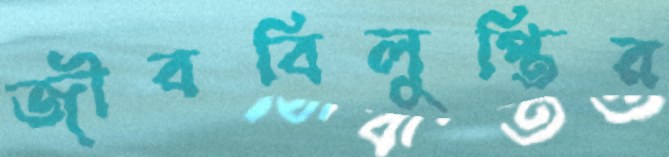
জীববিলুপ্তির